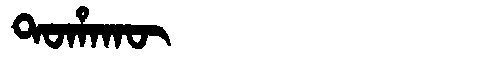
Manchu: ᡨᠣᡥᠠᡴᡡ
Romanization: TOHAKŪ